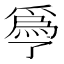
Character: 爳